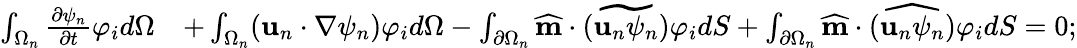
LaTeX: \begin{array}{rl}{\int_{\Omega_{n}}\frac{\partial\psi_{n}}{\partial t}\varphi_{i}d\Omega}&{+\int_{\Omega_{n}}(\textbf{u}_{n}\cdot\nabla\psi_{n})\varphi_{i}d\Omega-\int_{\partial\Omega_{n}}\widehat{\textbf{m}}\cdot\widetilde{(\textbf{u}_{n}\psi_{n})}\varphi_{i}dS+\int_{\partial\Omega_{n}}\widehat{\textbf{m}}\cdot\widehat{(\textbf{u}_{n}\psi_{n})}\varphi_{i}dS=0;}\end{array}